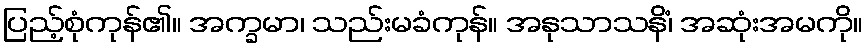
ပြည့်စုံကုန်၏။ အက္ခမာ၊ သည်းမခံကုန်။ အနုသာသနိံ၊ အဆုံးအမကို။